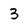
Character: 3